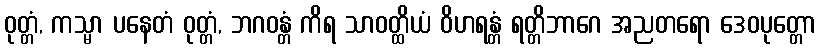
ဝုတ္တံ, ကသ္မာ ပနေတံ ဝုတ္တံ, ဘဂဝန္တံ ကိရ သာဝတ္ထိယံ ဝိဟရန္တံ ရတ္တိဘာဂေ အညတရော ဒေဝပုတ္တော